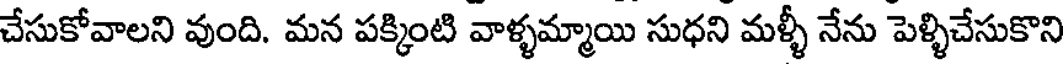
చేసుకోవాలని వుంది. మన పక్కింటి వాళ్ళమ్మాయి సుధని మళ్ళీ నేను పెళ్ళిచేసుకొని